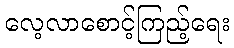
လေ့လာစောင့်ကြည့်ရေး